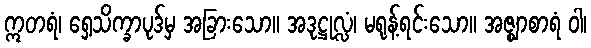
ဣတရံ၊ ရှေ့သိက္ခာပုဒ်မှ အခြားသော။ အဒုဋ္ဌုလ္လံ၊ မရုန့်ရင်းသော။ အဇ္ဈာစာရံ ဝါ၊